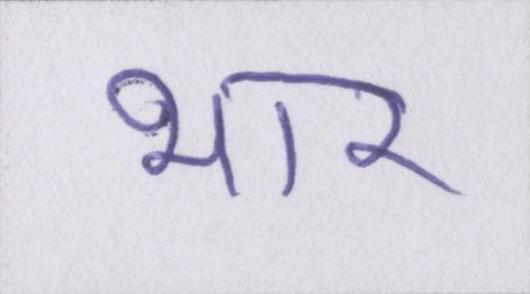
भार